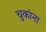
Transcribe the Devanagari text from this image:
चुकांना